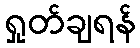
ရှုတ်ချရန်